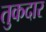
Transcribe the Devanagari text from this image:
तुकदार